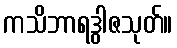
ကသိဘာရဒွါဇသုတ်။